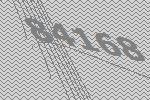
84168